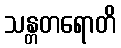
သန္တတရောတိ